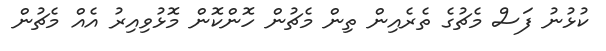
ކުޅުނު ފަސް މެޗުގެ ތެރެއިން ތިން މެޗުން ހޮންކޮން މޮޅުވިއިރު އެއް މެޗުން